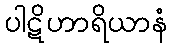
ပါဋိဟာရိယာနံ